Civil Veterinary Department. Central Provinces & Berar 1932-41 - 1932-1941
Year: 1932
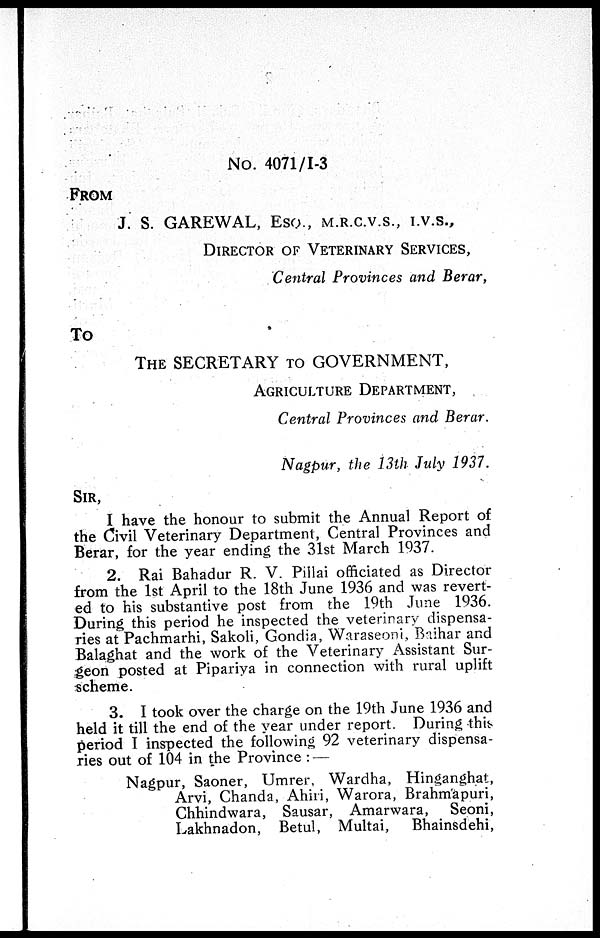
No. 4071/1-3
FROM
J. S. GAREWAL, ESQ., M.R.C.V.S., I.V.S.,
DIRECTOR OF VETERINARY SERVICES,
Central Provinces and Berar,
To
THE SECRETARY TO GOVERNMENT,
AGRICULTURE DEPARTMENT,
Central Provinces and Berar.
Nagpur, the 13th July 1937.
SIR,
I have the honour to submit the Annual Report of
the Civil Veterinary Department, Central Provinces and
Berar, for the year ending the 31st March 1937.
2. Rai Bahadur R. V. Pillai officiated as Director
from the 1st April to the 18th June 1936 and was revert-
ed to his substantive post from the 19th June 1936.
During this period he inspected the veterinary dispensa-
ries at Pachmarhi, Sakoli, Gondia, Waraseoni, Baihar and
Balaghat and the work of the Veterinary Assistant Sur-
geon posted at Pipariya in connection with rural uplift
scheme.
3. I took over the charge on the 19th June 1936 and
held it till the end of the year under report. During this.
period I inspected the following 92 veterinary dispensa-
ries out of 104 in the Province : —
Nagpur, Saoner, Umrer, Wardha, Hinganghat,
Arvi, Chanda, Ahiri, Warora, Brahmapuri,
Chhindwara, Sausar, Amarwara, Seoni,
Lakhnadon, Betul, Multai,
Bhainsdehi,